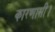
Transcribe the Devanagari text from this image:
कारणासी।